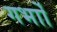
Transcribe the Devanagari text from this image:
गर्भाों